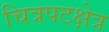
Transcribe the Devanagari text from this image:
चित्रपटक्षेत्र